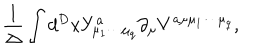
\frac { 1 } { \Delta } \int d ^ { D } x Y _ { { \mu } _ { 1 } { \cdots } { \mu } _ { q } } ^ { a } { \partial } _ { \mu } V ^ { a { \mu } { \mu } _ { 1 } { \cdots } { \mu } _ { q } } ,